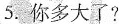
5.你多大了?